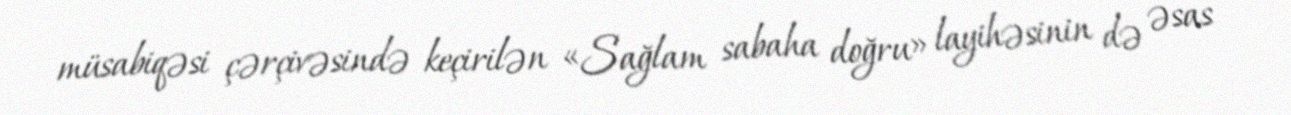
müsabiqəsi çərçivəsində keçirilən «Sağlam sabaha doğru» layihəsinin də əsas